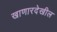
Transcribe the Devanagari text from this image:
खाणारदेखील